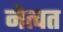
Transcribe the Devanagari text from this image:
नेत्वत